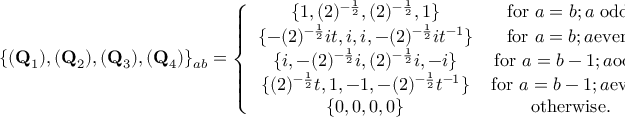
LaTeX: \{ ( { \bf Q } _ { 1 } ) , ( { \bf Q } _ { 2 } ) , ( { \bf Q } _ { 3 } ) , ( { \bf Q } _ { 4 } ) \} _ { a b } = \left\{ \begin{array} { c c } { { \{ 1 , ( 2 ) ^ { - \frac { 1 } { 2 } } , ( 2 ) ^ { - \frac { 1 } { 2 } } , 1 \} } } & { { \mathrm { f o r ~ } a = b ; a \mathrm { ~ o d d , } } } \\ { { \{ - ( 2 ) ^ { - \frac { 1 } { 2 } } i t , i , i , - ( 2 ) ^ { - \frac { 1 } { 2 } } i t ^ { - 1 } \} } } & { { \mathrm { f o r ~ } a = b ; a \mathrm { e v e n , } } } \\ { { \{ i , - ( 2 ) ^ { - \frac { 1 } { 2 } } i , ( 2 ) ^ { - \frac { 1 } { 2 } } i , - i \} } } & { { \mathrm { f o r ~ } a = b - 1 ; a \mathrm { o d d , } } } \\ { { \{ ( 2 ) ^ { - \frac { 1 } { 2 } } t , 1 , - 1 , - ( 2 ) ^ { - \frac { 1 } { 2 } } t ^ { - 1 } \} } } & { { \mathrm { f o r ~ } a = b - 1 ; a \mathrm { e v e n , } } } \\ { { \{ 0 , 0 , 0 , 0 \} } } & { { \mathrm { o t h e r w i s e . } } } \end{array} \right.